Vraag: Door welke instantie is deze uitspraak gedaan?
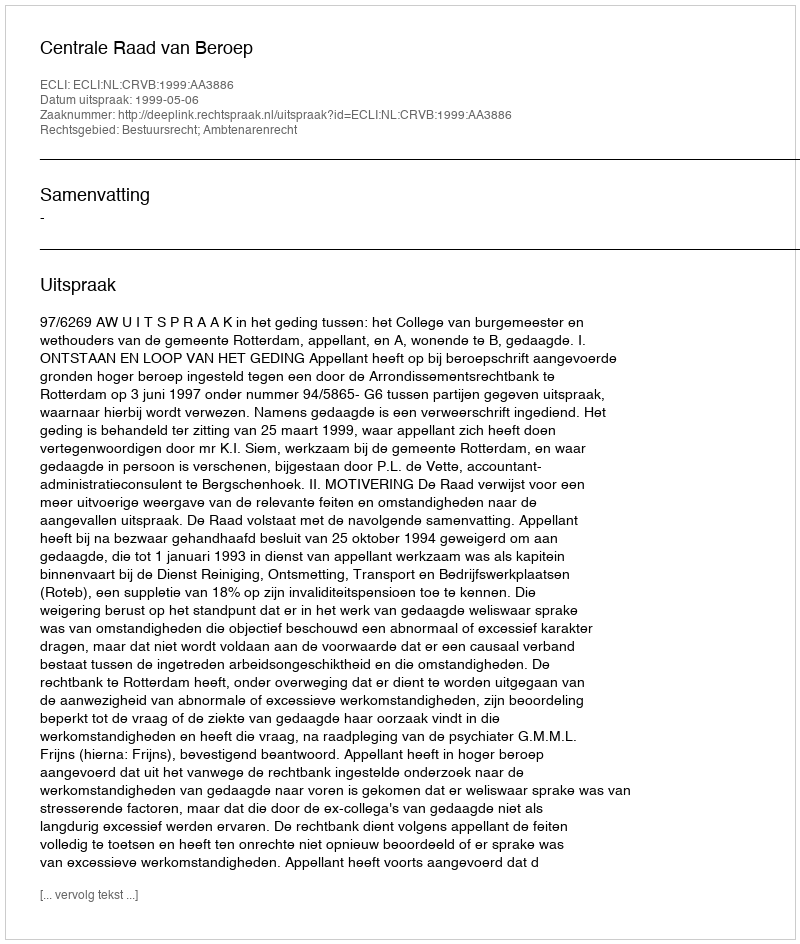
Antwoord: Centrale Raad van Beroep